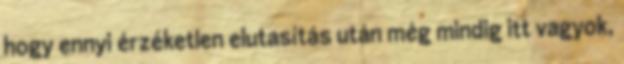
hogy ennyi érzéketlen elutasítás után még mindig itt vagyok,